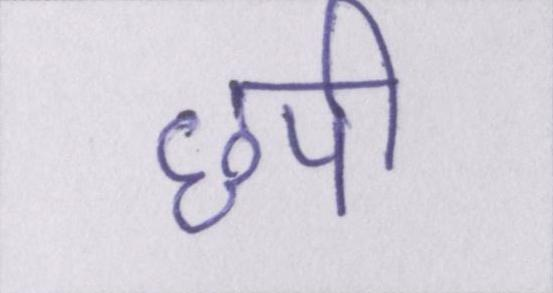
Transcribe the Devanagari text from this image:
छपी